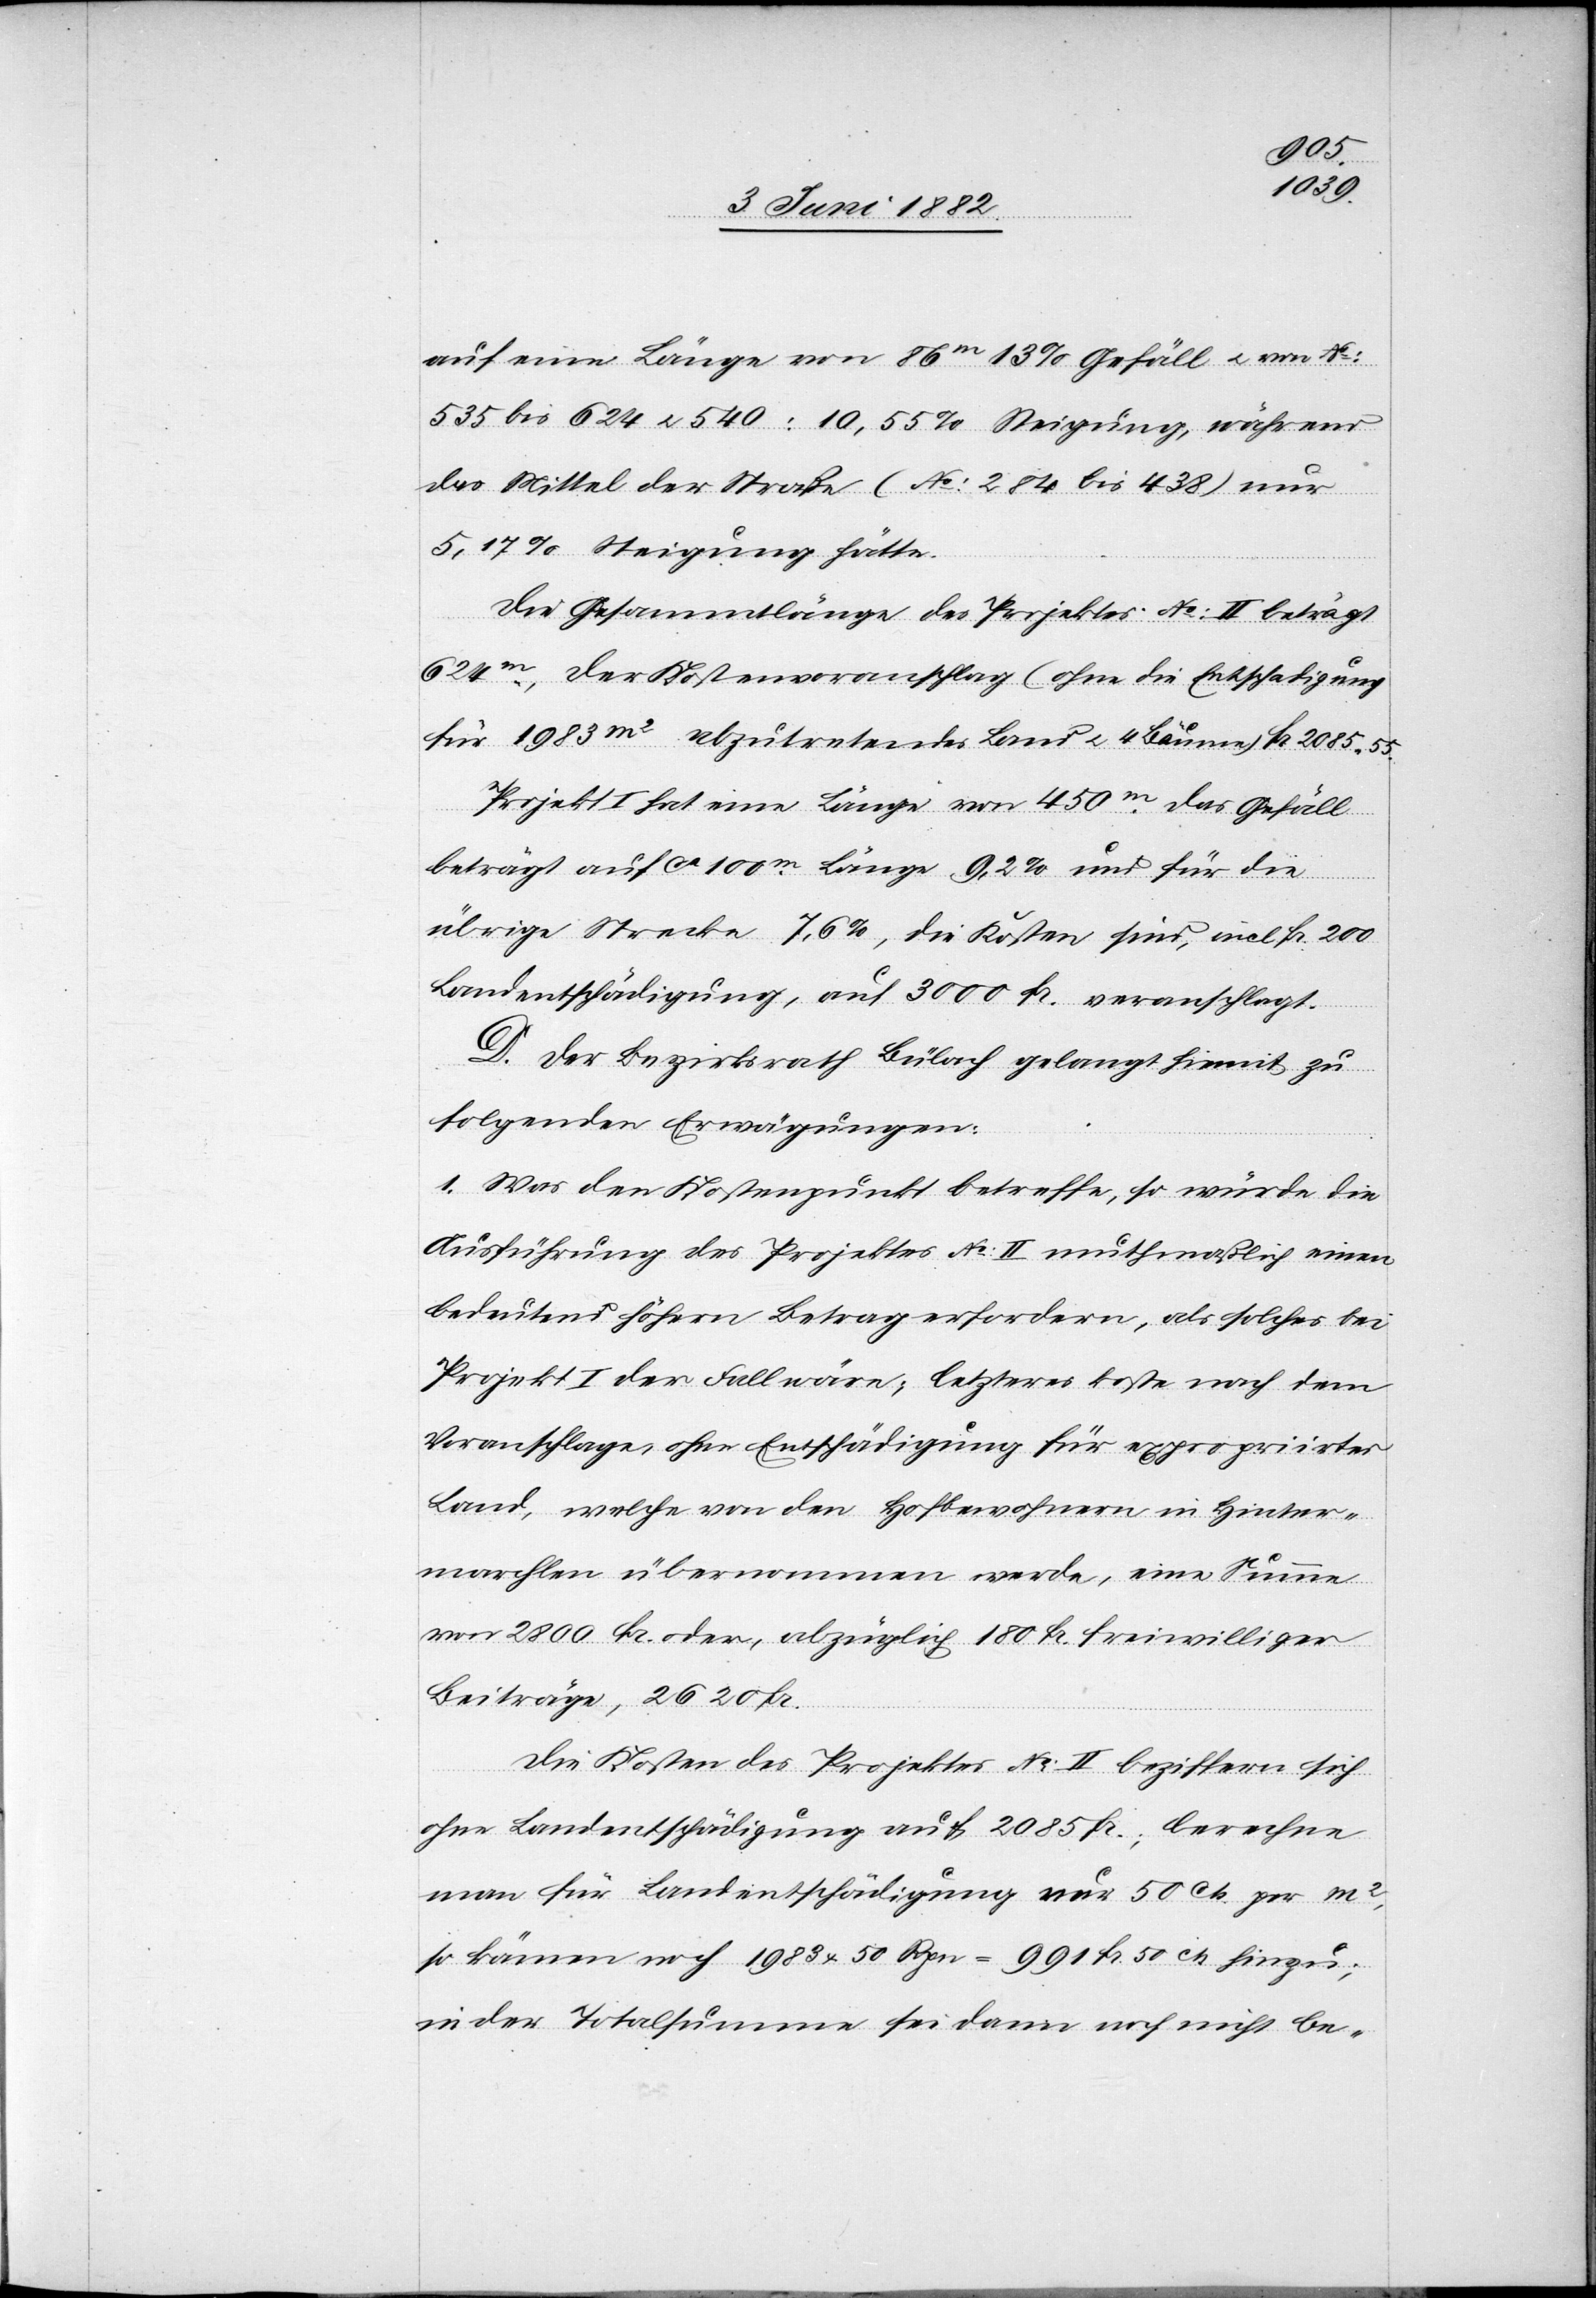
auf eine Länge von 86m 13% Gefäll u. von No
535 bis 624 u. 540 10,55% Steigung, während
das Mittel der Straße (No 284 bis 438) nur
5,17% Steigung hätte.
Die Gesammtlänge des Projektes No II beträgt
624m, der Kostenvoranschlag (ohne Entschädigung
für 1983m2 abzutretendes Land u. 4 Bäume) Fr. 2085 55.
Projekt I hat eine Länge von 450m. Das Gefäll
beträgt auf ca 100m Länge 9,2% und für die
übrige Strecke 7,6%, die Kosten sind, incl. Fr. 200
Landentschädigung, auf 3000 Fr. veranschlagt.
D. Der Bezirksrath Bülach gelangt hiemit zu
folgenden Erwägungen:
1. Was den Kostenpunkt betreffe, so würde die
Ausführung des Projektes No II muthmaßlich einen
bedeutend höhern Betrag erfordern, als solches bei
Projekt I der Fall wäre; letzteres koste nach dem
Voranschlage, ohne Entschädigung für expropriirtes
Land, welche von den Hofbewohnern in Hinter¬
marchlen übernommen werde, eine Summe
von 2800 Fr. oder, abzüglich 180 Fr. freiwilliger
Beiträge, 2620 Fr.
Die Kosten des Projektes No II beziffern sich
ohne Landentschädigung auf 2085 Fr.; berechne
man für Landentschädigung nur 50 Cts. per m2,
so kämen noch 1983 x 50 Rpn. = 991 Fr. 50 Cts. hinzu;
in der Totalsumme sei dann noch nicht be-